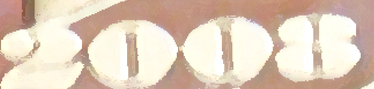
2008